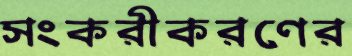
সংকরীকরণের